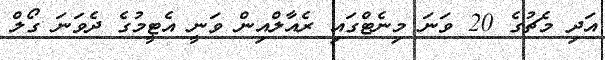
އަދި މެޗުގެ 20 ވަނަ މިނެޓްގައި ރެއާލްއިން ވަނީ އެޓީމުގެ ދެވަނަ ގޯލް